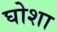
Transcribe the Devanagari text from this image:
घोशा